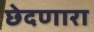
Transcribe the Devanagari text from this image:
छेदणारा